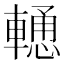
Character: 𨎢